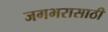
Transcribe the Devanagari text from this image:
जगभरासाठी